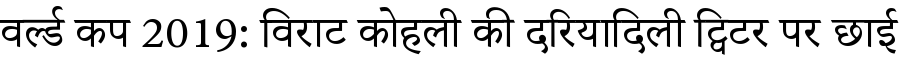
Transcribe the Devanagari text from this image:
वर्ल्ड कप 2019: विराट कोहली की दरियादिली ट्विटर पर छाई